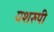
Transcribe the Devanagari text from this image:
यशरुपी